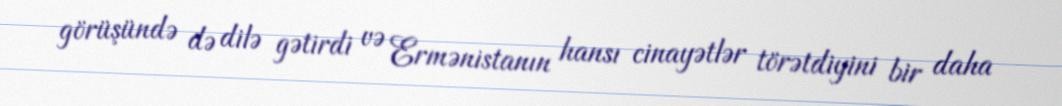
görüşündə də dilə gətirdi və Ermənistanın hansı cinayətlər törətdiyini bir daha